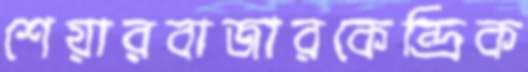
শেয়ারবাজারকেন্দ্রিক